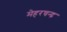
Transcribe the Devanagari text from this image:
मेहरचन्द्र